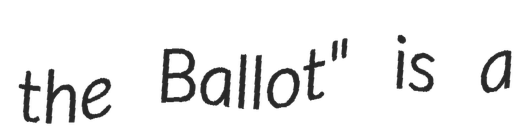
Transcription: the Ballot" is a